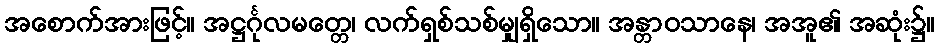
အစောက်အားဖြင့်။ အဋ္ဌင်္ဂုလမတ္တေ၊ လက်ရှစ်သစ်မျှရှိသော။ အန္တာဝသာနေ၊ အအူ၏ အဆုံး၌။